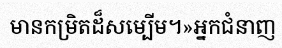
មានកម្រិតដ៏សម្បើម។»អ្នកជំនាញ